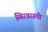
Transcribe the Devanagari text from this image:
स्थिरचररुपी